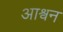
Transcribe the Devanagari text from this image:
आश्वन